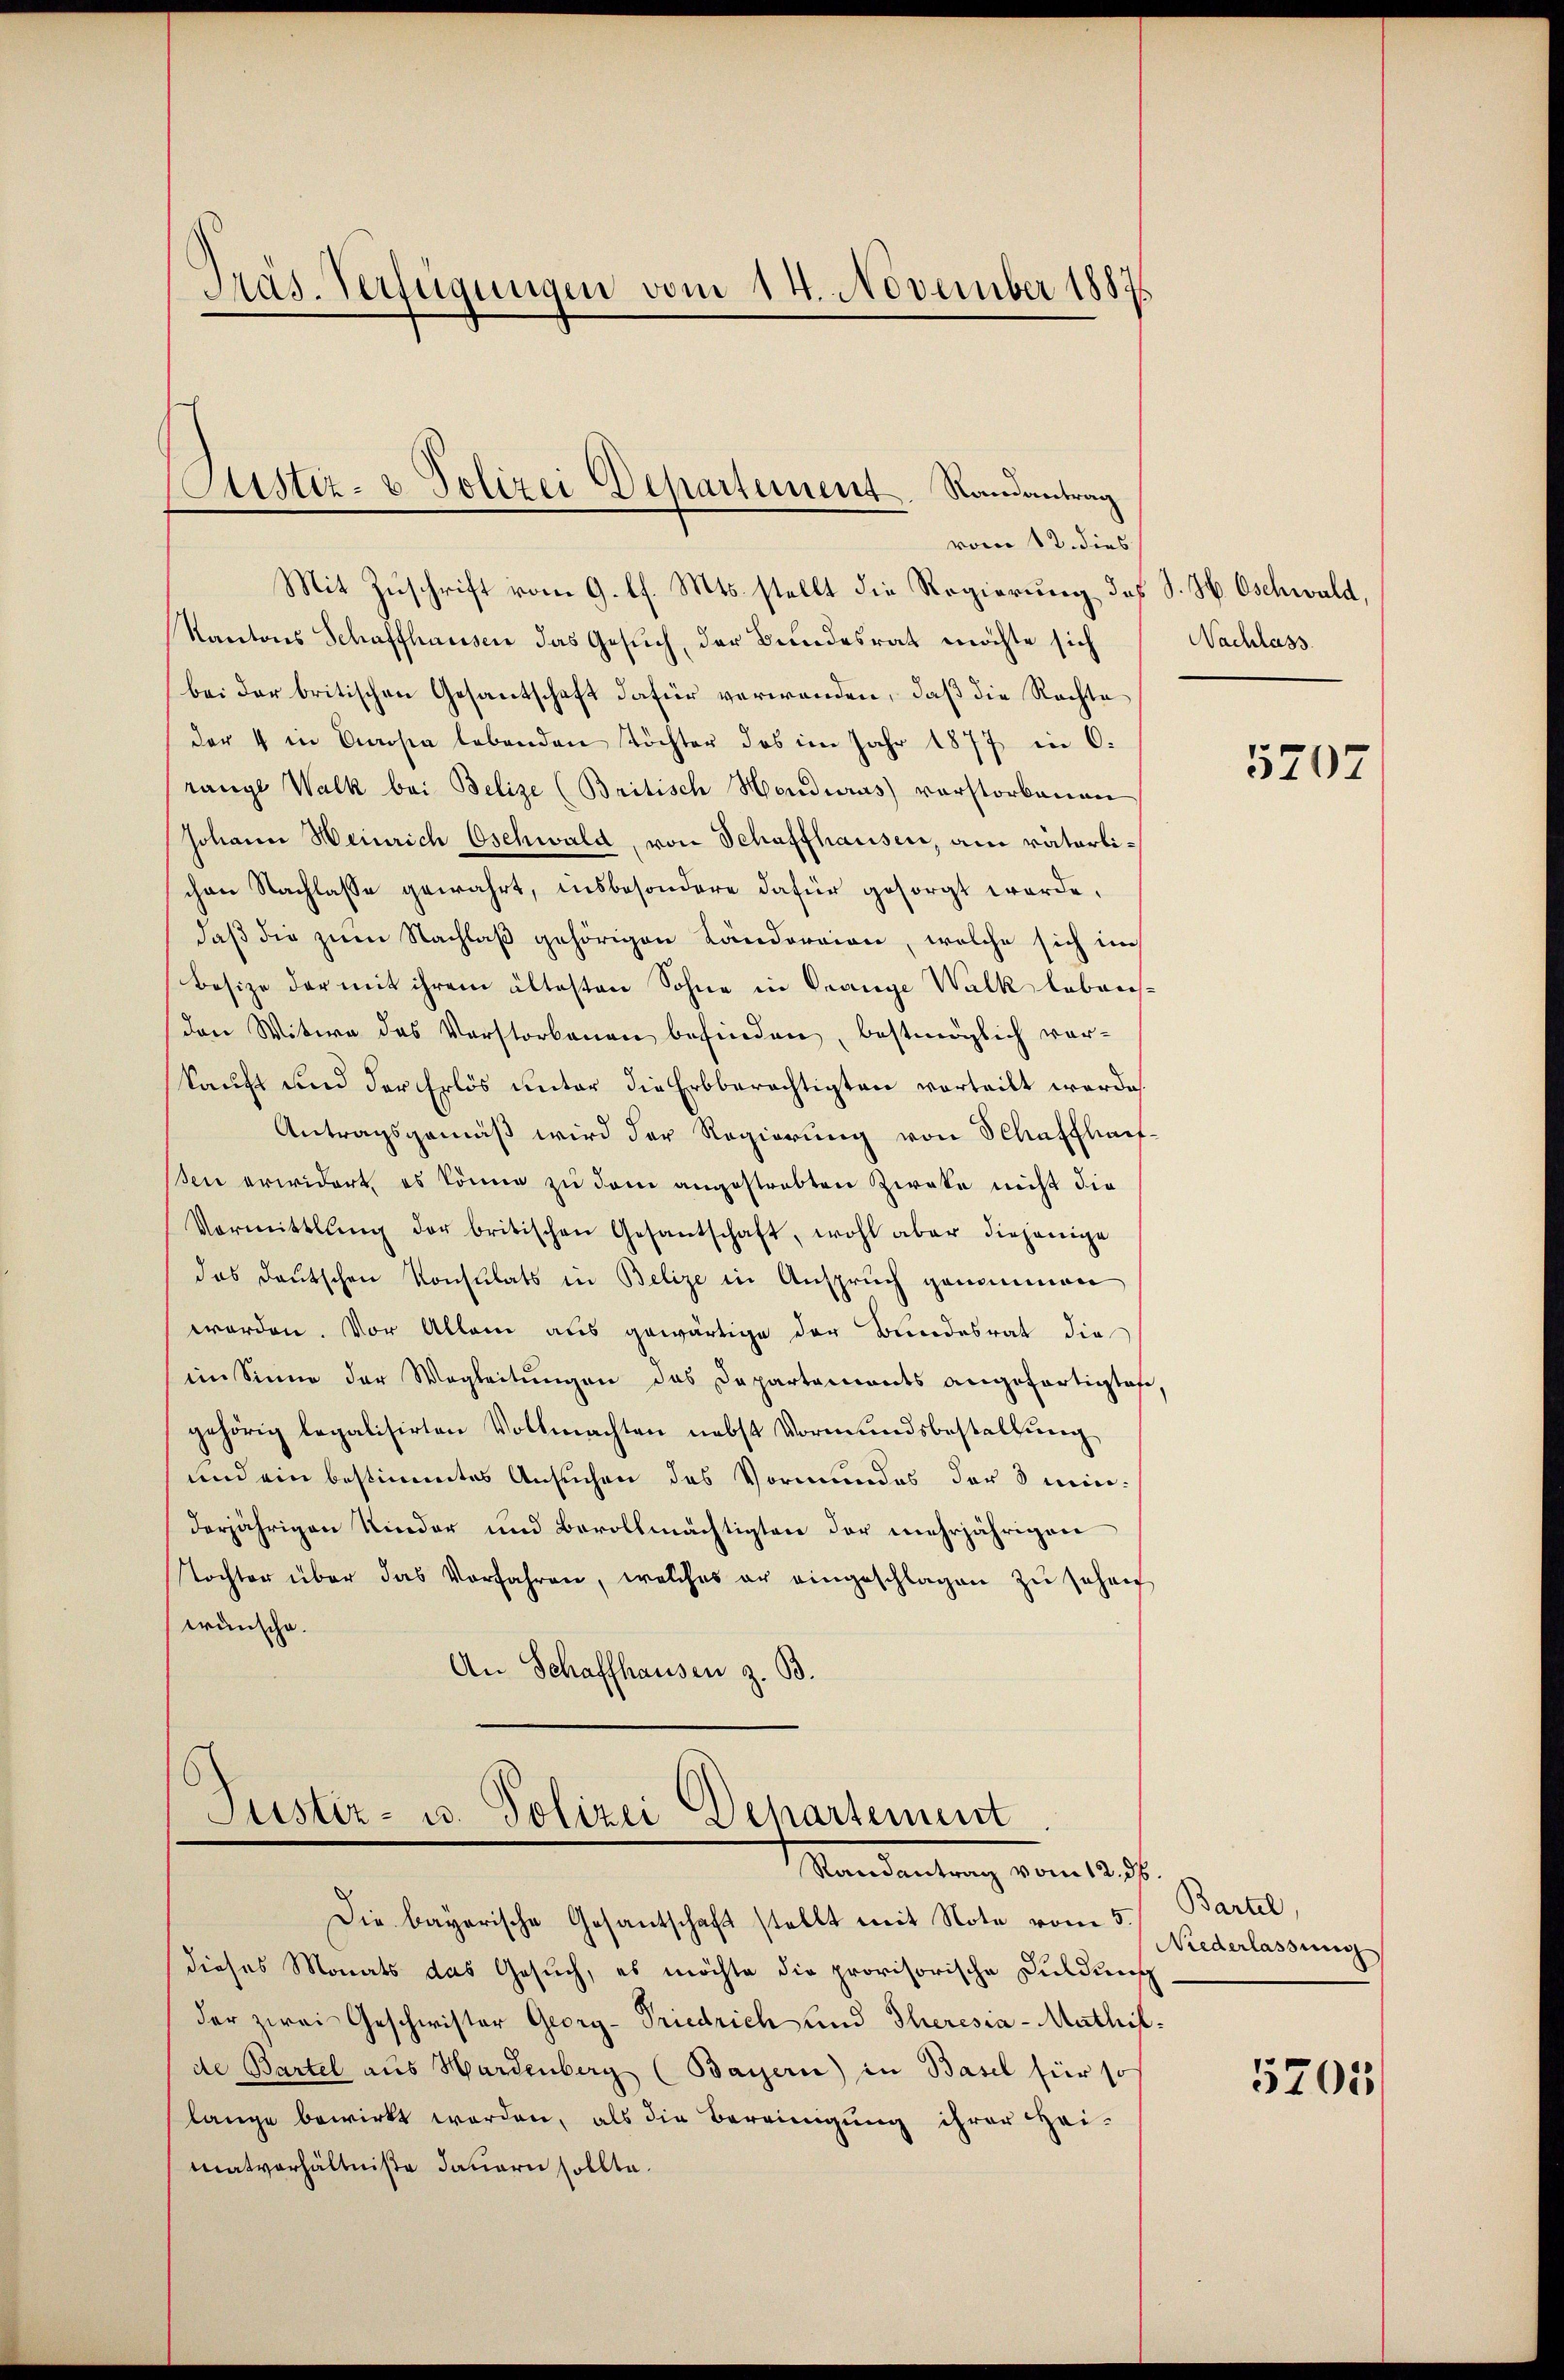
Aas. Verfügungen vom 14. November 1884

Mit Zuschrift vom 9. l. Mts. stellt die Regierung des S. H. Oschwald,
Kantons Schaffhausen das Gesŭch, der Bundesrat möchte sich
bei der britischen Gesantschaft dafür verwenden, daß die Rechte
der 4 in Cosia lebenden Töchter des im Jahr 1877 in 6.
range Walk bei Belize (Britisch Honduras) vorstorbenen
Johann Heinrich Eschwald, von Schaffhausen, am väterlichen Nachlasse gewährt, insbesondere dafür gesorgt werde,
daß die zum Nachlaß gehörigen Ländereien, welche sich in
Besize der mit ihrem ältesten Sohne in Prange Walk lebensden Witwe des Verstorbenen befinden, bestmöglich vorkauft und der Erlös unter die Erbberechtigten vorteilt werde.
Antragsgemäß wird der Regierung von Schaffhauf-
en erwidert, es könne zu dem angestrebten Zweke nicht die
Vormittlung der britischen Gesantschaft, wohl aber diejenige
das deutschen Konsulats in Belize in Anspruch genommen
worden. Vor Allem aus gewärtige der Bundesrat die
ein Sinne der Wegleitŭngen das Departements angefertigtes,
gehörig legalisirten Vollmachten nebst Vormundsbestellung
und ein bestimmtes Ansuchen des Vormundes der 3 minderjährigen Kinder und Bevollmächtigten der mehrjährigen
Tochter über das Vorfahren, welches er eingeschlagen zŭ sehen
wünsche.
An Schaffhausen z. B.

Custiz- & Polizei Departement, Randantrag
vom 12. dies

Justiz- u. Polizei Departement
Randantrag vom 12. ds.

Die bayerische Gesantschaft stellt mit Note vom 5.
dieses Monats das Gesuch, es möchte die provisorische Duldung
der zwei Geschwister Georg-Friedrich und Theresia - Mathilde Bartel aus Hardenberg (Bayern) in Basel für so
lange bewirkt werden, als die Bereinigung ihrer Heimatverhältniße dauern sollte.

Nachlass

5207

Bartel,
Niederlassung

5705